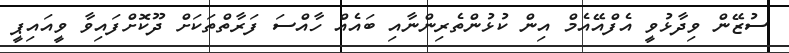
ސުޒޭން ވިދާޅުވީ އެފްއޭއެމް އިން ކުޅުންތެރިންނާއި ބައެއް ހާއްސަ ފަރާތްތަކަށް ދޫކޮށްފައިވާ ވީއައިޕީ